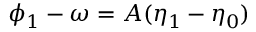
\phi _ { 1 } - \omega = A ( \eta _ { 1 } - \eta _ { 0 } )